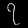
Digit: ၇